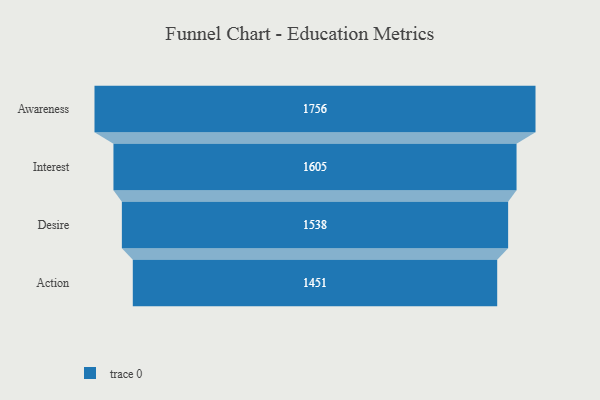
{"axis": {"x": "Stage", "y": "Value"}, "legend": [""], "data": [{"x": "Awareness", "y": 1756.0, "type": ""}, {"x": "Interest", "y": 1605.0, "type": ""}, {"x": "Desire", "y": 1538.0, "type": ""}, {"x": "Action", "y": 1451.0, "type": ""}]}